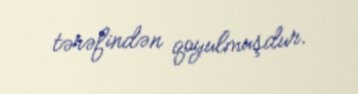
tərəfindən qoyulmuşdur.